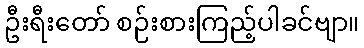
ဦးရီးတော် စဉ်းစားကြည့်ပါခင်ဗျာ။